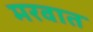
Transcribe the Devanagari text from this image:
मरवात